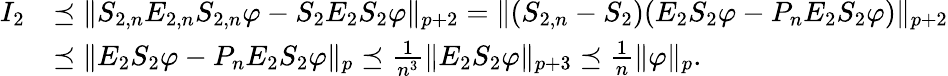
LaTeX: \begin{array}{rl}{I_{2}}&{\preceq\| S_{2,n}E_{2,n}S_{2,n}\varphi-S_{2}E_{2}S_{2}\varphi\| _{p+2}=\| (S_{2,n}-S_{2})(E_{2}S_{2}\varphi-P_{n}E_{2}S_{2}\varphi)\| _{p+2}}\\ &{\preceq\| E_{2}S_{2}\varphi-P_{n}E_{2}S_{2}\varphi\| _{p}\preceq\frac{1}{n^{3}}\| E_{2}S_{2}\varphi\| _{p+3}\preceq\frac{1}{n}\| \varphi\| _{p}.}\end{array}